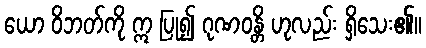
ယော ဝိဘတ်ကို ဣ ပြု၍ ဂုဏဝန္တိ ဟုလည်း ရှိသေး၏။